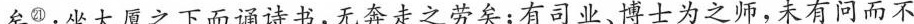
矣^{㉑};坐大厦之下而诵诗书,无奔走之劳矣;有司业、博士为之师,未有问而不